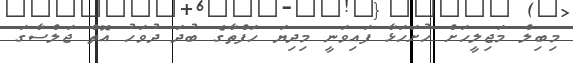
މިބިލް މަޖިލީހަށް ހުށަހަޅާ ފައިވަނީ މިދިޔަ ހަފްތާގެ ބުދަ ދުވަހު އޮތް ޖަލްސާގަ